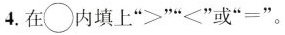
4.在\circ 内填上”>””<”或”=”。